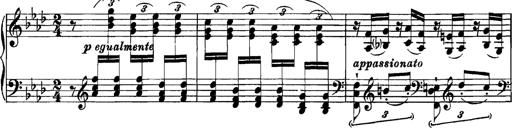
Title: Grandes Etudes
Composer: Franz Liszt